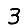
Digit: 3